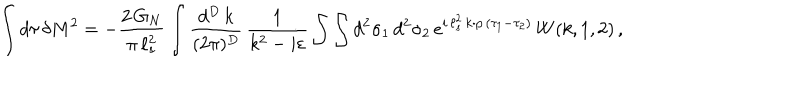
\int d \tau \, \delta M ^ { 2 } = - \frac { 2 \, G _ { N } } { \pi \, \ell _ { s } ^ { 2 } } \int \frac { d ^ { D } \, k } { ( 2 \pi ) ^ { D } } \, \frac { 1 } { k ^ { 2 } - i \varepsilon } \int \int d ^ { 2 } \sigma _ { 1 } \, d ^ { 2 } \sigma _ { 2 } \, e ^ { i \, \ell _ { s } ^ { 2 } \, k \cdot p \, ( \tau _ { 1 } - \tau _ { 2 } ) } \, W ( k , 1 , 2 ) \, ,